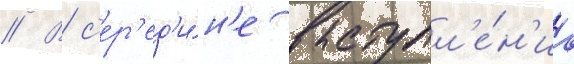
// В с'ер'ед'и́н'е выступл'е́н'иа